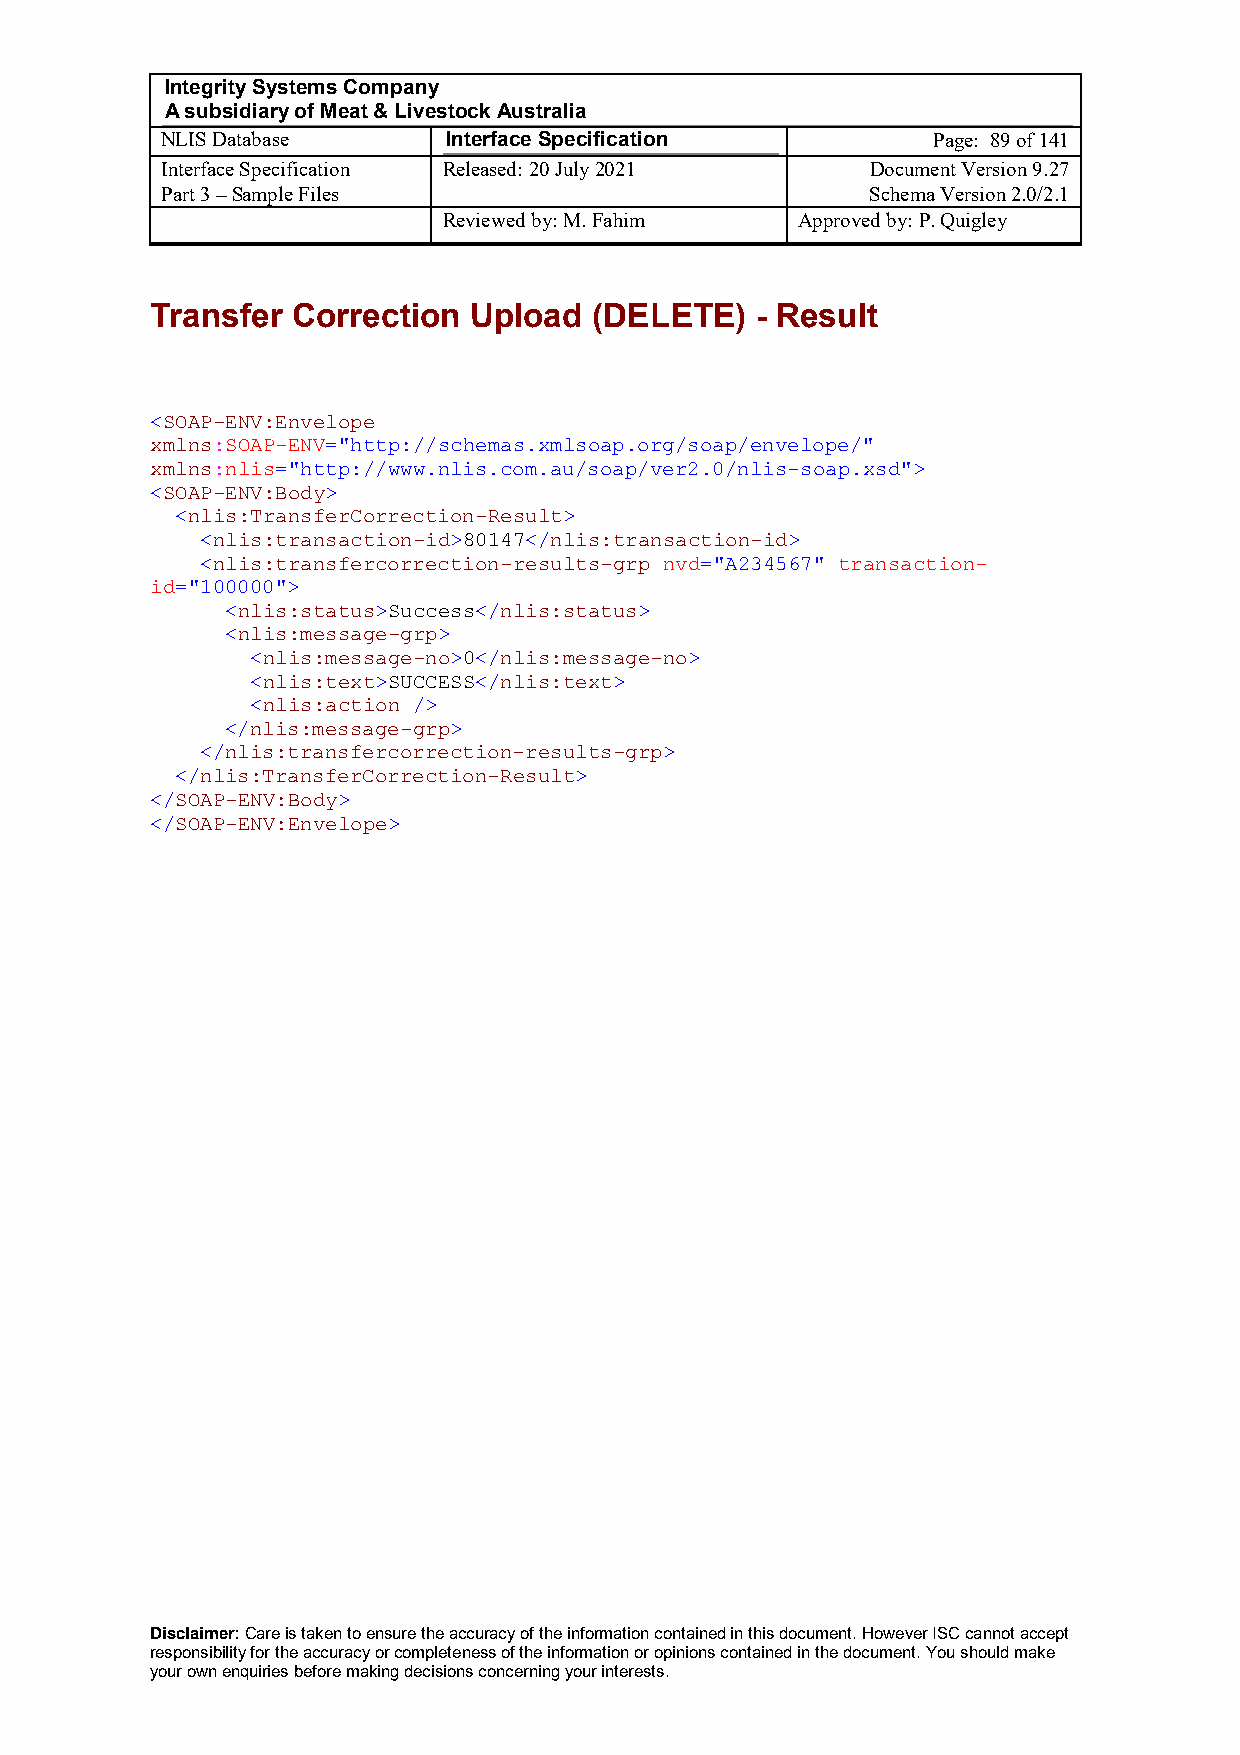
Integrity Systems Company
 A subsidiary of Meat & Livestock Australia
 NLIS Database      Interface Specification         Page: 89 of 141
 Interface Specification Released: 20 July 2021 Document Version 9.27
 Part 3 – Sample Files                          Schema Version 2.0/2.1
 Reviewed by: M. Fahim   Approved by: P. Quigley
 Transfer Correction  Upload  (DELETE)   - Result
 <SOAP-ENV:Envelope
 xmlns:SOAP-ENV="http://schemas.xmlsoap.org/soap/envelope/"
 xmlns:nlis="http://www.nlis.com.au/soap/ver2.0/nlis-soap.xsd">
 <SOAP-ENV:Body>
 <nlis:TransferCorrection-Result>
 <nlis:transaction-id>80147</nlis:transaction-id>
 <nlis:transfercorrection-results-grp nvd="A234567" transaction-
 id="100000">
 <nlis:status>Success</nlis:status>
 <nlis:message-grp>
 <nlis:message-no>0</nlis:message-no>
 <nlis:text>SUCCESS</nlis:text>
 <nlis:action />
 </nlis:message-grp>
 </nlis:transfercorrection-results-grp>
 </nlis:TransferCorrection-Result>
 </SOAP-ENV:Body>
 </SOAP-ENV:Envelope>
 Disclaimer: Care is taken to ensure the accuracy of the information contained in this document. However ISC cannot accept
 responsibility for the accuracy or completeness of the information or opinions contained in the document. You should make
 your own enquiries before making decisions concerning your interests.